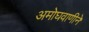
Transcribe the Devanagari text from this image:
अमोघवाणीने